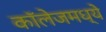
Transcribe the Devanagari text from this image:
कॉलेजमध्‍ये